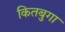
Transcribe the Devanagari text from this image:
कितबुगा